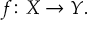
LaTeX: f \colon X \to Y .